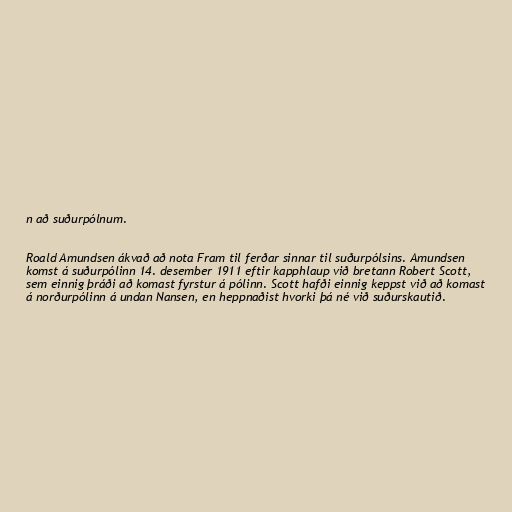
n að suðurpólnum.

Roald Amundsen ákvað að nota Fram til ferðar sinnar til suðurpólsins. Amundsen
komst á suðurpólinn 14. desember 1911 eftir kapphlaup við bretann Robert Scott,
sem einnig þráði að komast fyrstur á pólinn. Scott hafði einnig keppst við að komast
á norðurpólinn á undan Nansen, en heppnaðist hvorki þá né við suðurskautið.